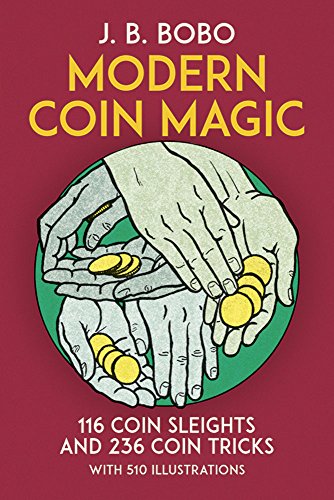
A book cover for Modern Coin Magic: 116 Coin Sleights and 236 Coin Tricks; J. B. Bobo; Humor & Entertainment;